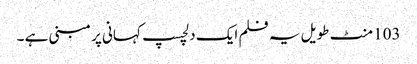
103 منٹ طویل یہ فلم ایک دلچسپ کہانی پر مبنی ہے ۔